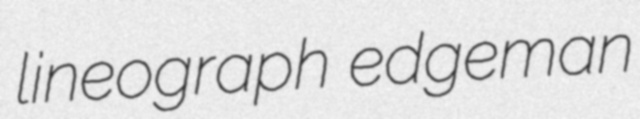
lineograph edgeman